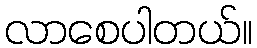
လာစေပါတယ်။